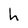
Character: h